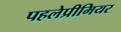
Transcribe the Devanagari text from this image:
पहलेप्रीमियर